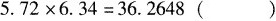
$$5.72\times 6.34 =36.2648()$$